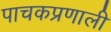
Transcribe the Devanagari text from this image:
पाचकप्रणाली